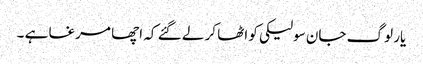
یار لوگ جان سولیکی کو اٹھا کر لے گئے کہ اچھا مرغا ہے ۔